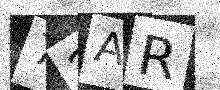
Text: 72AR